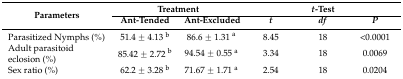
<table><thead><tr><td rowspan="2"><b>Parameters</b></td><td colspan="2"><b>Treatment</b></td><td colspan="3"><b><i>t</i>-Test</b></td></tr><tr><td><b>Ant-Tended</b></td><td><b>Ant-Excluded</b></td><td><b><i>t</i></b></td><td><b><i>df</i></b></td><td><b><i>P</i></b></td></tr></thead><tbody><tr><td>Parasitized Nymphs (%)</td><td>51.4 ± 4.13 <sup>b</sup></td><td>86.6 ± 1.31 <sup>a</sup></td><td>8.45</td><td>18</td><td>&lt;0.0001</td></tr><tr><td>Adult parasitoid eclosion (%)</td><td>85.42 ± 2.72 <sup>b</sup></td><td>94.54 ± 0.55 <sup>a</sup></td><td>3.34</td><td>18</td><td>0.0069</td></tr><tr><td>Sex ratio (%)</td><td>62.2 ± 3.28 <sup>b</sup></td><td>71.67 ± 1.71 <sup>a</sup></td><td>2.54</td><td>18</td><td>0.0204</td></tr></tbody></table>